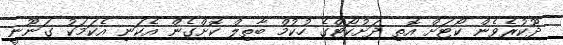
ދޫކުރެވެން ކޯޓަށް އޮތި ދަށުކޯޓްގެ ހުކުމް ބާތިލް ކޮށްގެން އެކަނި އެކަމަކު ގަނޫނީ